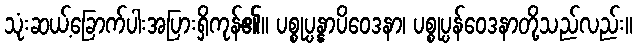
သုံးဆယ့်ခြောက်ပါးအပြားရှိကုန်၏။ ပစ္စုပ္ပန္နာပိဝေဒနာ၊ ပစ္စုပ္ပန်ဝေဒနာတို့သည်လည်း။